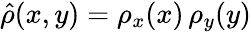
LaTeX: \hat{\rho}(x,y)=\rho_{x}(x)\, \rho_{y}(y)